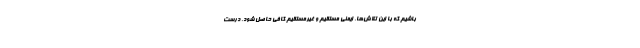
باشیم که با این تلاش‌ها، ایمنی مستقیم و غیرمستقیم کافی حاصل شود، درست